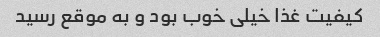
کیفیت غذا خیلی خوب بود و به موقع رسید